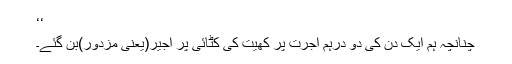
‘‘
چنانچہ ہم ایک دن کی دو درہم اجرت پر کھیت کی کٹائی پر اجیر(یعنی مزدور)بن گئے۔